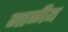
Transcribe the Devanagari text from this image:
गाळीय